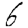
Digit: 6